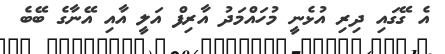
އެ ގޭގައި ދިރި އުޅެނީ މުހައްމަދު އާރިފް އަލީ އާއި އޭނާގެ ބޭބެ